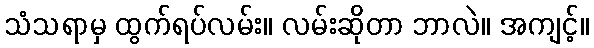
သံသရာမှ ထွက်ရပ်လမ်း။ လမ်းဆိုတာ ဘာလဲ။ အကျင့်။